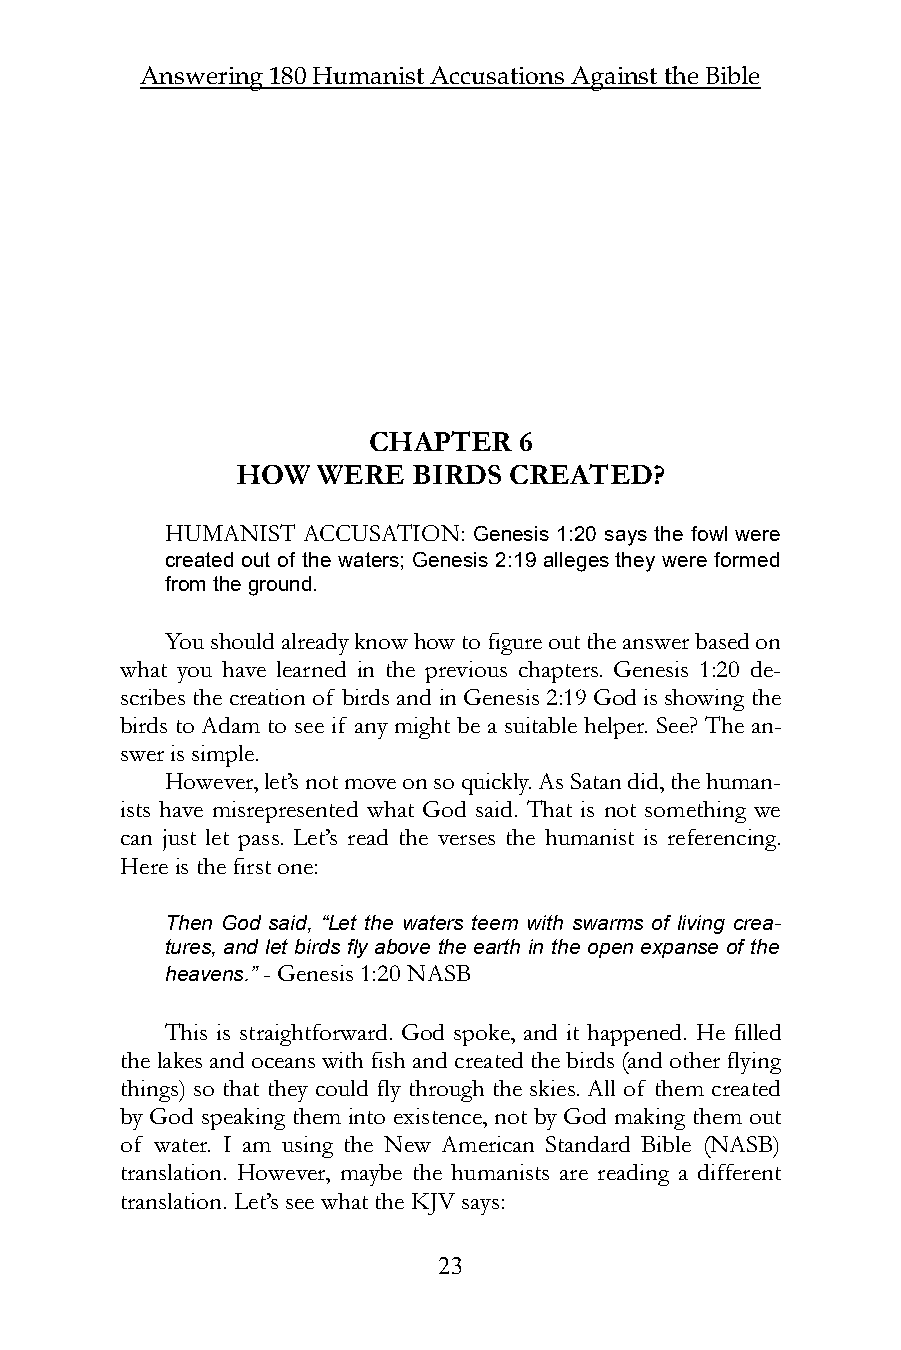
Answering 180 Humanist Accusations Against the Bible
 CHAPTER   6
 HOW  WERE  BIRDS  CREATED?
 HUMANIST ACCUSATION: Genesis 1:20 says the fowl were
 created out of the waters; Genesis 2:19 alleges they were formed
 from the ground.
 You should already know how to figure out the answer based on
 what you have learned in the previous chapters. Genesis 1:20 de-
 scribes the creation of birds and in Genesis 2:19 God is showing the
 birds to Adam to see if any might be a suitable helper. See? The an-
 swer is simple.
 However, let’s not move on so quickly. As Satan did, the human-
 ists have misrepresented what God said. That is not something we
 can just let pass. Let’s read the verses the humanist is referencing.
 Here is the first one:
 Then God said, “Let the waters teem with swarms of living crea-
 tures, and let birds fly above the earth in the open expanse of the
 heavens.” - Genesis 1:20 NASB
 This is straightforward. God spoke, and it happened. He filled
 the lakes and oceans with fish and created the birds (and other flying
 things) so that they could fly through the skies. All of them created
 by God speaking them into existence, not by God making them out
 of water. I am using the New American Standard Bible (NASB)
 translation. However, maybe the humanists are reading a different
 translation. Let’s see what the KJV says:
 23